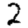
Digit: 2